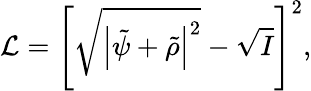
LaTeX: \mathcal{L}=\left[\sqrt{\left|\tilde{\psi}+\tilde{\rho}\right|^{2}}-\sqrt{I}\right]^{2},